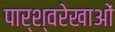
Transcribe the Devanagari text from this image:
पार्श्वरेखाओं